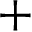
+